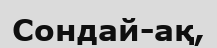
Сондай-ақ,